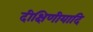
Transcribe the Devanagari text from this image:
दीक्षिणीयादि